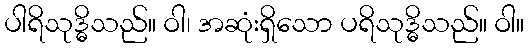
ပါရိသုဒ္ဓိသည်။ ဝါ၊ အဆုံးရှိသော ပရိသုဒ္ဓိသည်။ ဝါ။